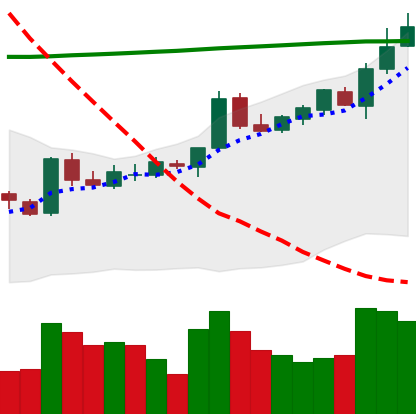
Ticker: BTC-USD
Chart end date: 2015-10-15
Forward return: 5.954%
Label: up_5_7